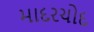
માદરચોદ